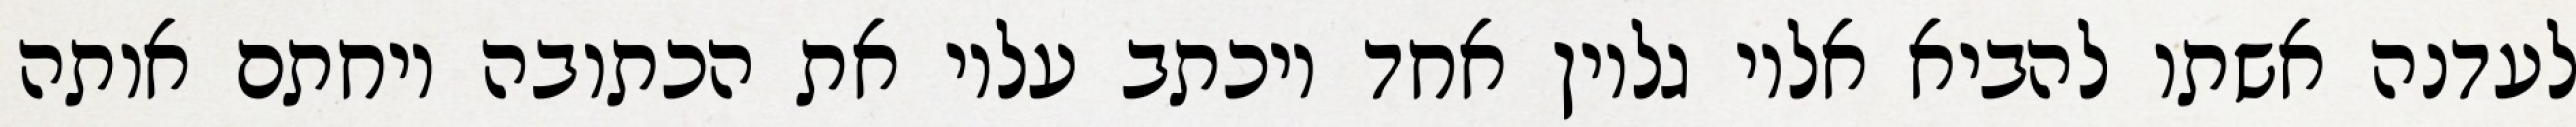
לעדנה אשתו להביא אליו גליון אחד ויכתב עליו את הכתובה ויחתם אותה